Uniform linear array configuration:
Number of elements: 64
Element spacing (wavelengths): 0.5
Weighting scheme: uniform
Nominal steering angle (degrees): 45
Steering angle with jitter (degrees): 45.703
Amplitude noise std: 0.05
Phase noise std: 0.05

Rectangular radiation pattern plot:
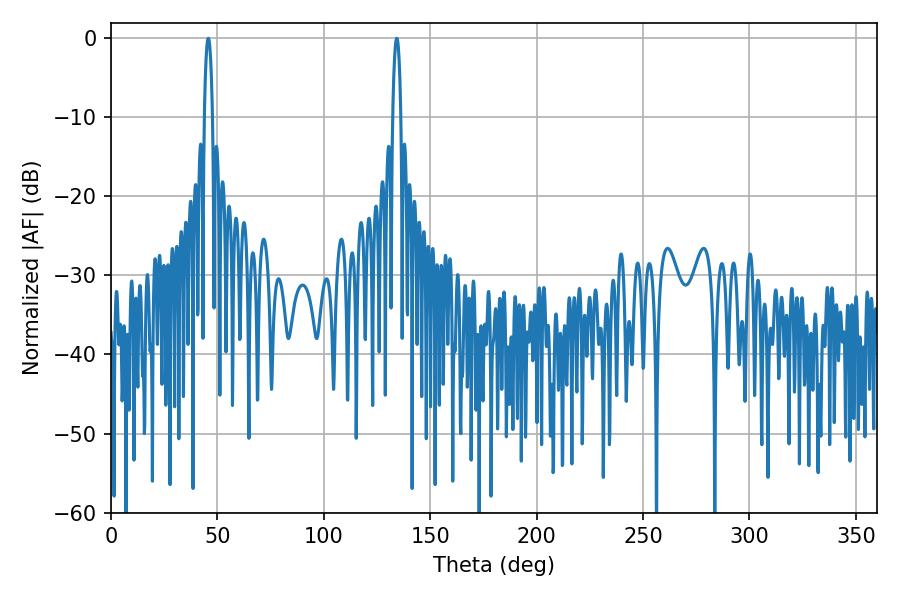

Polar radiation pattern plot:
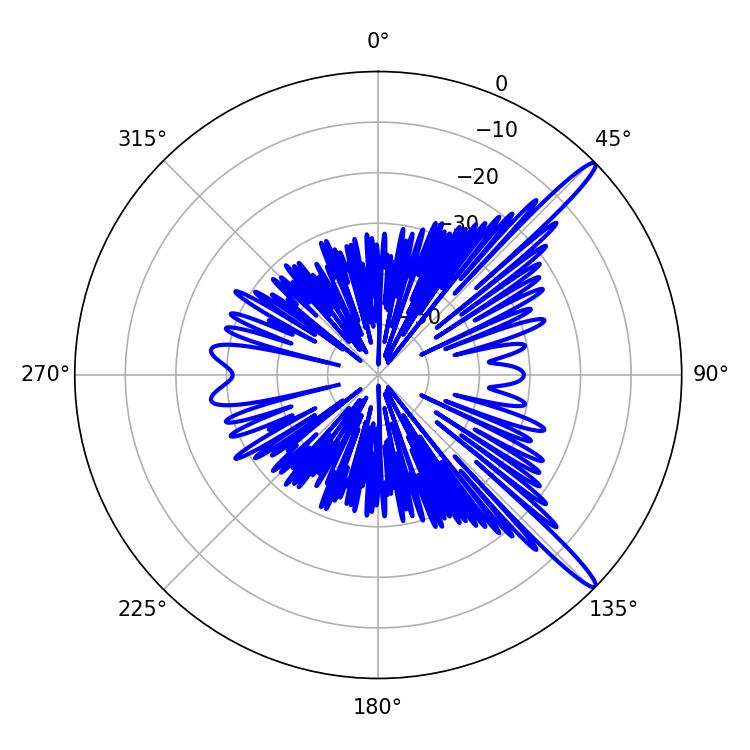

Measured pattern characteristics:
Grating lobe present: FALSE
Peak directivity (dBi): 15.018
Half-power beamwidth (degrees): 2.16
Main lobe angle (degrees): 134.28